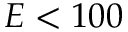
E < 1 0 0